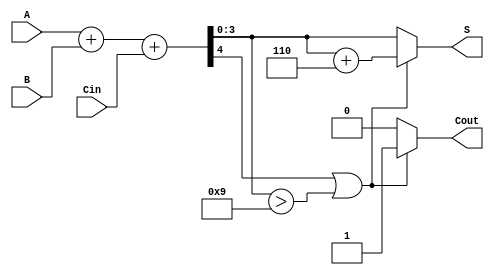
module BCD_Conditional_Adder (
    input [3:0] A,     // BCD input A
    input [3:0] B,     // BCD input B
    input Cin,         // Carry input
    output reg [3:0] S, // BCD output sum
    output reg Cout     // Carry output
);

    reg [4:0] Sum;     // Intermediate 5-bit sum
    reg Adj;           // Adjustment signal

    always @(*) begin
        // Calculate the intermediate sum
        Sum = A + B + Cin;

        // Check if the sum is greater than 9 or if there is a carry-out
        Adj = (Sum[4] || (Sum[3:0] > 4'b1001));

        // Calculate the BCD output and carry-out
        if (Adj) begin
            S = Sum[3:0] + 4'b0110; // Add 6 for BCD correction
            Cout = 1;               // Set carry-out
        end else begin
            S = Sum[3:0];           // No adjustment needed
            Cout = 0;               // No carry-out
        end
    end

endmodule